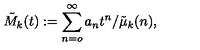
\tilde { M } _ { k } ( t ) : = \sum _ { n = o } ^ { \infty } a _ { n } t ^ { n } / \tilde { \mu } _ { k } ( n ) ,